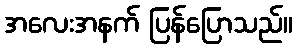
အလေးအနက် ပြန်ပြောသည်။